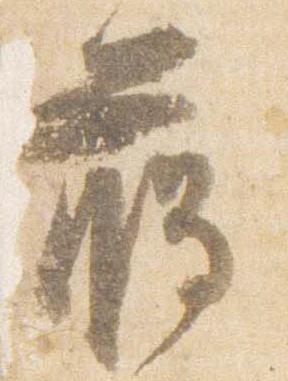
臈